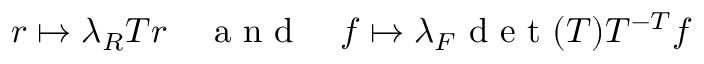
\begin{array} { r } { r \mapsto \lambda _ { R } T r \quad \mathrm { ~ a ~ n ~ d ~ } \quad f \mapsto \lambda _ { F } \mathrm { ~ d ~ e ~ t ~ } ( T ) T ^ { - T } f } \end{array}